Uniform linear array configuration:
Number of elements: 4
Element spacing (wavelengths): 0.5
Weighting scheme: exponential
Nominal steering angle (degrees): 60
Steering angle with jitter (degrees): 61.924
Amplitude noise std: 0.05
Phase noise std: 0.05

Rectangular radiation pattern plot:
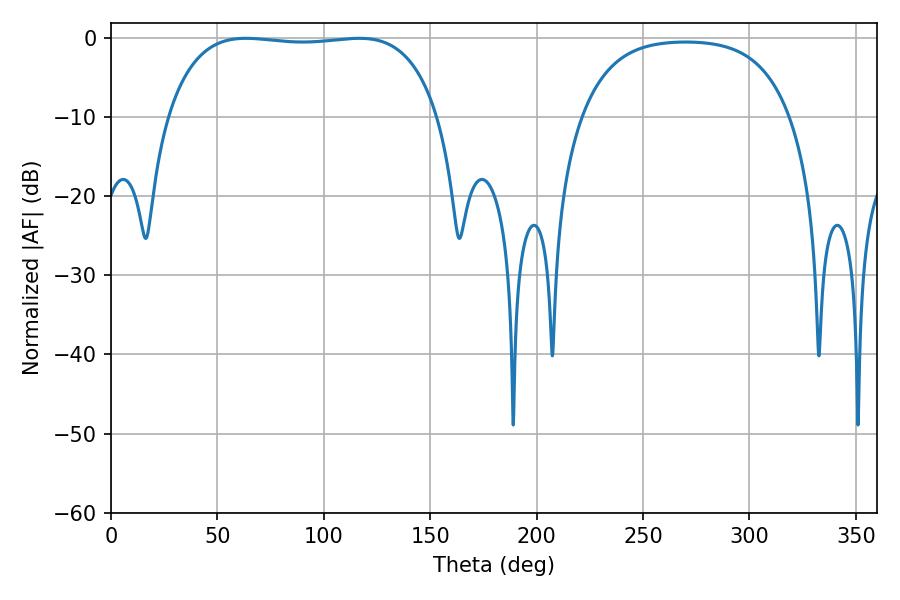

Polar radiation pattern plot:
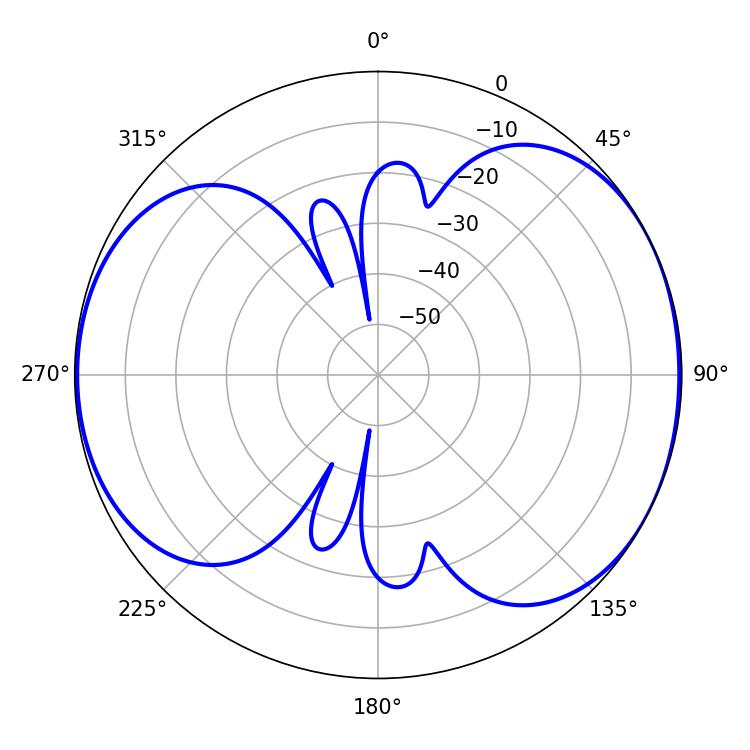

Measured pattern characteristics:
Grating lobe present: FALSE
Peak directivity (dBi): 6.01
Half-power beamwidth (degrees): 101.16
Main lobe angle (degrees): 63.36